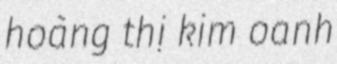
hoàng thị kim oanh